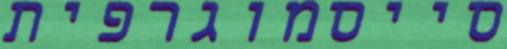
סייסמוגרפית